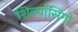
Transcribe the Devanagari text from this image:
शिल्पांसिंगो